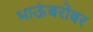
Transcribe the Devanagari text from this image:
भाऊंबरोबर